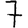
Digit: 7